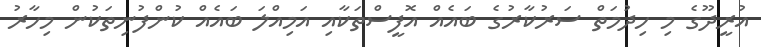
އުރީދޫގެ މި ހިދުމަތް ސަރުކާރުގެ ބައެއް އޮފީސްތަކާއި އަމިއްލަ ބައެއް ކުންފުނިތަކުން މިހާރު